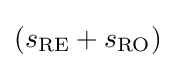
(s_{\mathrm {RE} }+s_{\mathrm {RO} })